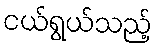
ငယ်ရွယ်သည့်